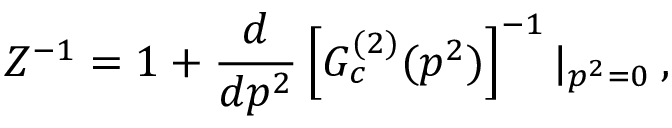
Z ^ { - 1 } = 1 + \frac { d } { d p ^ { 2 } } \left[ G _ { c } ^ { ( 2 ) } ( p ^ { 2 } ) \right] ^ { - 1 } | _ { p ^ { 2 } = 0 } \: ,